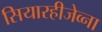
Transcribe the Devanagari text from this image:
सियारहीजेव्ना